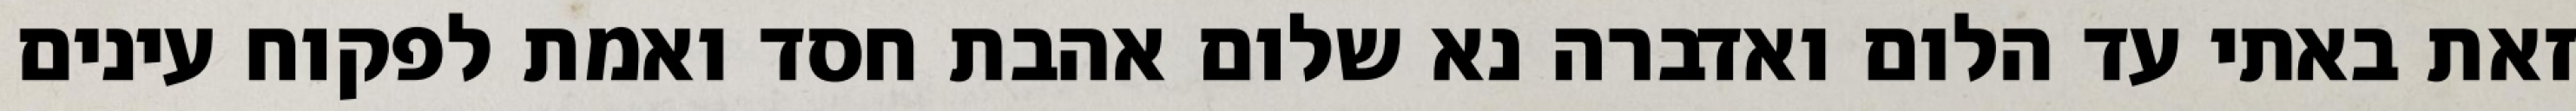
זאת באתי עד הלום ואדברה נא שלום אהבת חסד ואמת לפקוח עינים